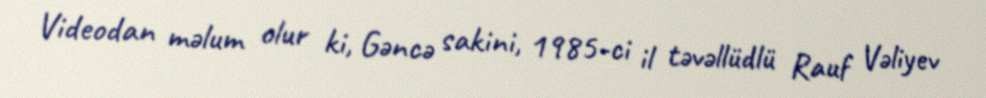
Videodan məlum olur ki, Gəncə sakini, 1985-ci il təvəllüdlü Rauf Vəliyev